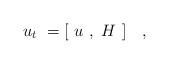
LaTeX: \begin{align*}u_t \ = [\ u\ ,\ H\ ]\ \ \ ,\end{align*}